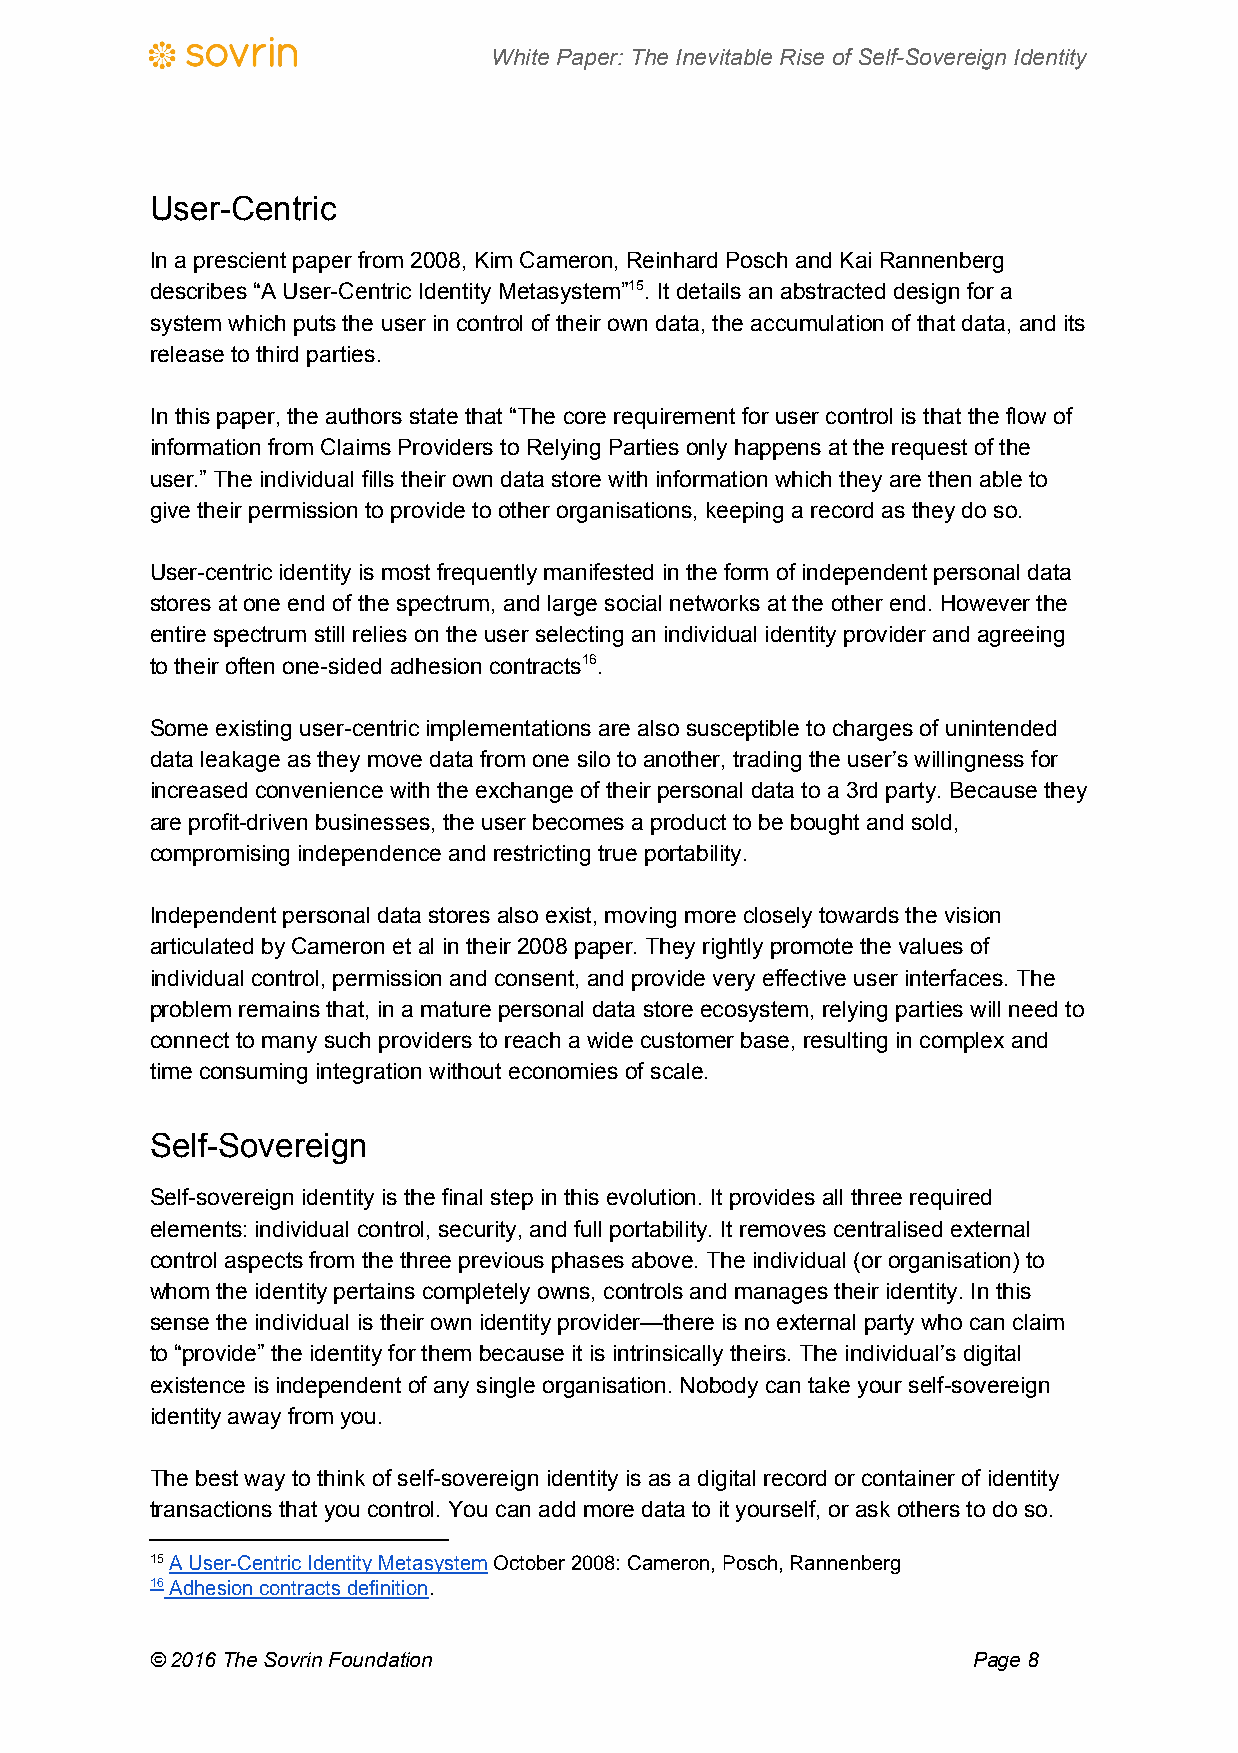
White Paper: The Inevitable Rise of Self-Sovereign Identity
 User-Centric
 In a prescient paper from 2008, Kim Cameron, Reinhard Posch and Kai Rannenberg
 describes “A User-Centric Identity Metasystem”15. It details an abstracted design for a
 system which puts the user in control of their own data, the accumulation of that data, and its
 release to third parties.
 In this paper, the authors state that “The core requirement for user control is that the flow of
 information from Claims Providers to Relying Parties only happens at the request of the
 user.” The individual fills their own data store with information which they are then able to
 give their permission to provide to other organisations, keeping a record as they do so.
 User-centric identity is most frequently manifested in the form of independent personal data
 stores at one end of the spectrum, and large social networks at the other end. However the
 entire spectrum still relies on the user selecting an individual identity provider and agreeing
 to their often one-sided adhesion contracts16.
 Some existing user-centric implementations are also susceptible to charges of unintended
 data leakage as they move data from one silo to another, trading the user’s willingness for
 increased convenience with the exchange of their personal data to a 3rd party. Because they
 are profit-driven businesses, the user becomes a product to be bought and sold,
 compromising independence and restricting true portability.
 Independent personal data stores also exist, moving more closely towards the vision
 articulated by Cameron et al in their 2008 paper. They rightly promote the values of
 individual control, permission and consent, and provide very effective user interfaces. The
 problem remains that, in a mature personal data store ecosystem, relying parties will need to
 connect to many such providers to reach a wide customer base, resulting in complex and
 time consuming integration without economies of scale.
 Self-Sovereign
 Self-sovereign identity is the final step in this evolution. It provides all three required
 elements: individual control, security, and full portability. It removes centralised external
 control aspects from the three previous phases above. The individual (or organisation) to
 whom the identity pertains completely owns, controls and manages their identity. In this
 sense the individual is their own identity provider—there is no external party who can claim
 to “provide” the identity for them because it is intrinsically theirs. The individual’s digital
 existence is independent of any single organisation. Nobody can take your self-sovereign
 identity away from you.
 The best way to think of self-sovereign identity is as a digital record or container of identity
 transactions that you control. You can add more data to it yourself, or ask others to do so.
 15 A User-Centric Identity Metasystem October 2008: Cameron, Posch, Rannenberg
 ​                    ​
 16 Adhesion contracts definition.
 ​
 © 2016 The Sovrin Foundation                          Page 8